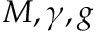
M , \gamma , g